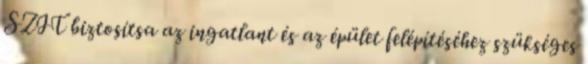
SZIT biztosítsa az ingatlant és az épület felépítéséhez szükséges